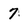
Character: 7